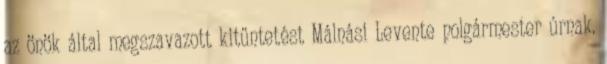
az önök által megszavazott kitűntetést Málnási Levente polgármester úrnak.